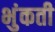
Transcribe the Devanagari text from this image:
भुंकती